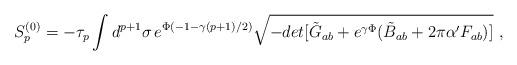
LaTeX: \begin{align*}S^{(0)}_p = - \tau_p \int d^{p+1} \sigma \, e^{\Phi (-1 - \gamma (p+1)/2)}\sqrt{-det[\tilde{G}_{ab} + e^{\gamma \Phi} (\tilde{B}_{ab}+ 2 \pi \alpha^{\prime} F_{ab})]}~,\end{align*}